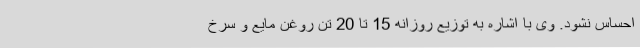
احساس نشود. وی با اشاره به توزیع روزانه 15 تا 20 تن روغن مایع و سرخ